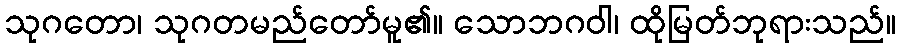
သုဂတော၊ သုဂတမည်တော်မူ၏။ သောဘဂဝါ၊ ထိုမြတ်ဘုရားသည်။